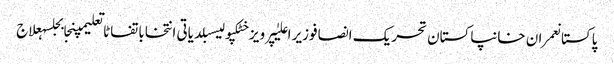
پاکستانعمران خانپاکستان تحریک انصافوزیر اعلیٰپرویز خٹکپولیسبلدیاتی انتخاباتفاٹاتعلیمپنجابجلسہعلاج